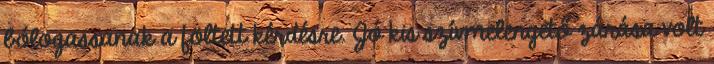
bólogassanak a föltett kérdésre. Jó kis szívmelengető zárása volt